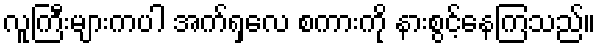
လူကြီးများကပါ အက်ရှလေ စကားကို နားစွင့်နေကြသည်။